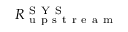
R _ { \mathrm { ~ u ~ p ~ s ~ t ~ r ~ e ~ a ~ m ~ } } ^ { \mathrm { ~ S ~ Y ~ S ~ } }